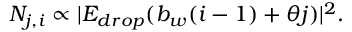
N _ { j , i } \propto \vert E _ { d r o p } ( b _ { w } ( i - 1 ) + \theta j ) \vert ^ { 2 } .